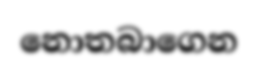
නොතබාගෙන